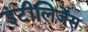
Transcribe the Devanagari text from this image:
इंटीलिजेंस